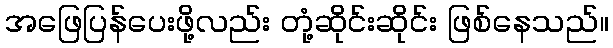
အဖြေပြန်ပေးဖို့လည်း တုံ့ဆိုင်းဆိုင်း ဖြစ်နေသည်။